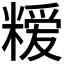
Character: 𮇳